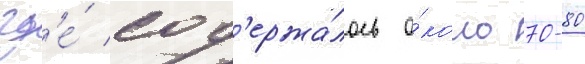
гд'е́ сод'ержа́лось о́коло 70-80